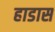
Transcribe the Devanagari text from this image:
हाडास